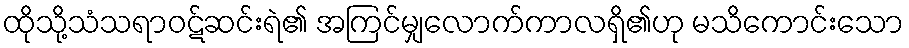
ထိုသို့သံသရာဝဋ်ဆင်းရဲ၏ အကြင်မျှလောက်ကာလရှိ၏ဟု မသိကောင်းသော